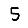
Digit: 5